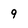
Character: 9